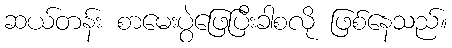
ဆယ်တန်း စာမေးပွဲဖြေပြီးခါစလို ဖြစ်နေသည်။